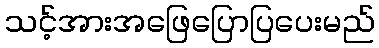
သင့်အားအဖြေပြောပြပေးမည်